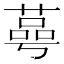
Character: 𦹛